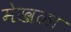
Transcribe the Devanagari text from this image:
मेखळा